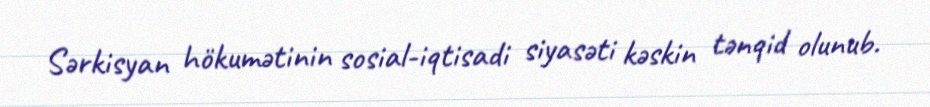
Sərkisyan hökumətinin sosial-iqtisadi siyasəti kəskin tənqid olunub.